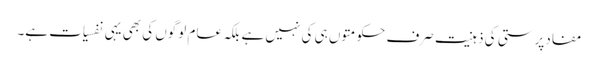
مفادپرستی کی ذہنیت صرف حکومتوں ہی کی نہیں ہے بلکہ عام لوگوں کی بھی یہی نفسیات ہے۔